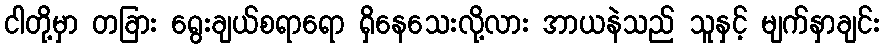
ငါတို့မှာ တခြား ရွေးချယ်စရာရော ရှိနေသေးလို့လား အာယနဲသည် သူနှင့် မျက်နှာချင်း